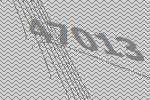
47013